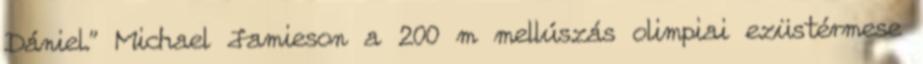
Dániel.” Michael Jamieson a 200 m mellúszás olimpiai ezüstérmese